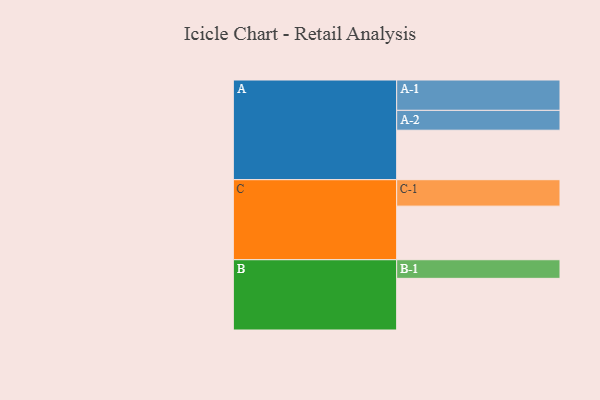
{"axis": {"x": "Segment", "y": "Value"}, "legend": ["", "A", "B", "C"], "data": [{"x": "A", "y": 481, "type": ""}, {"x": "B", "y": 502, "type": ""}, {"x": "C", "y": 521, "type": ""}, {"x": "A-1", "y": 295, "type": "A"}, {"x": "A-2", "y": 193, "type": "A"}, {"x": "B-1", "y": 181, "type": "B"}, {"x": "C-1", "y": 257, "type": "C"}]}